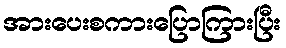
အားပေးစကားပြောကြားပြီး